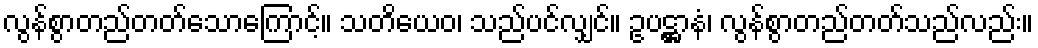
လွန်စွာတည်တတ်သောကြောင့်။ သတိယေဝ၊ သည်ပင်လျှင်။ ဥပဋ္ဌာနံ၊ လွန်စွာတည်တတ်သည်လည်း။